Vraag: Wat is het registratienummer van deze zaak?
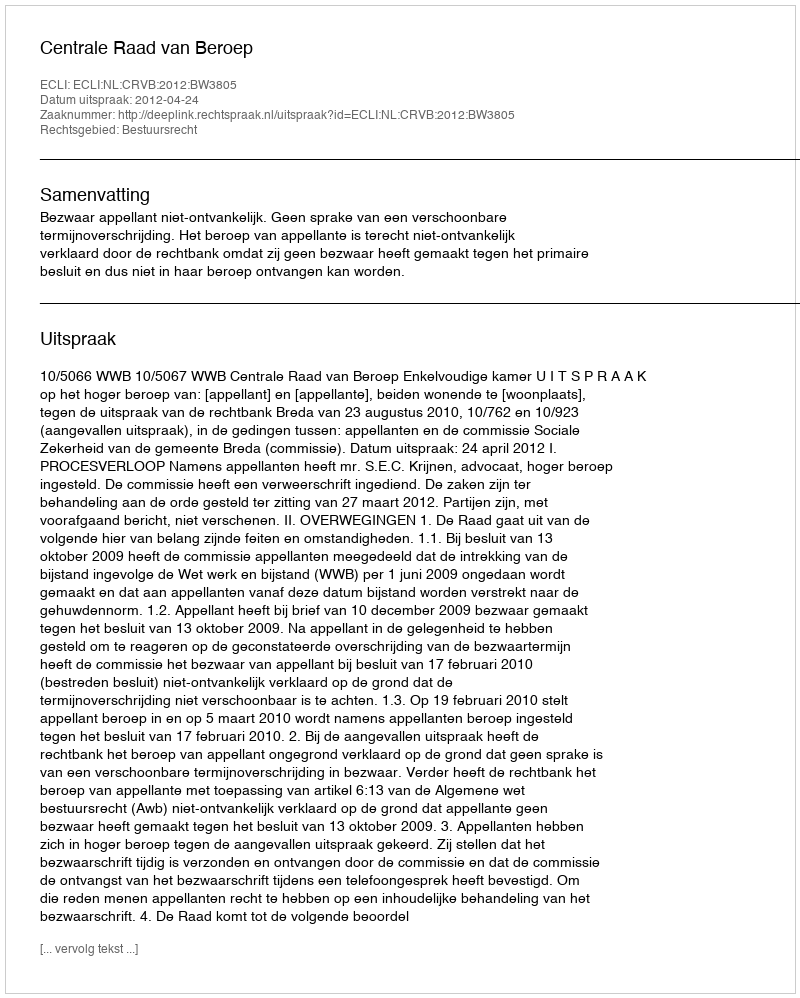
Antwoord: http://deeplink.rechtspraak.nl/uitspraak?id=ECLI:NL:CRVB:2012:BW3805